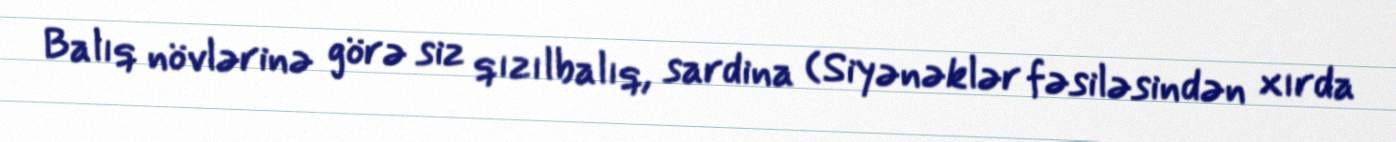
Balıq növlərinə görə siz qızılbalıq, sardina (Siyənəklər fəsiləsindən xırda